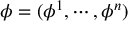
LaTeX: \phi = ( \phi ^ { 1 } , \cdots , \phi ^ { n } )